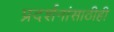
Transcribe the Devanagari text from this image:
प्रदर्शनांसाठीही